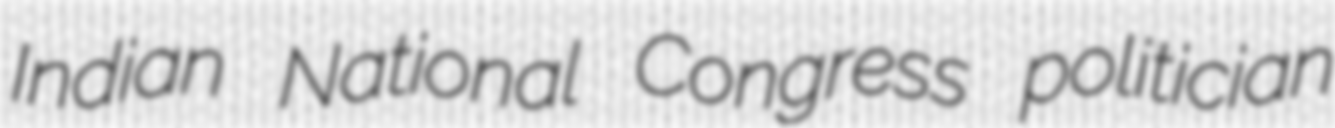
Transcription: Indian National Congress politician